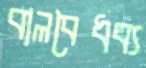
বালবৈধব্য